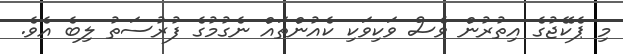
މި ޕެކޭޖުގެ އިތުރުން ވެސް ވަކިވަކި ކެއުންތައް ނެގުމުގެ ފުރުސަތު ލިބެ އެވެ.